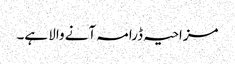
مزاحیہ ڈرامہ آنے والا ہے۔